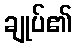
ချုပ်၏